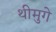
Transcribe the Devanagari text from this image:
थीमुगे